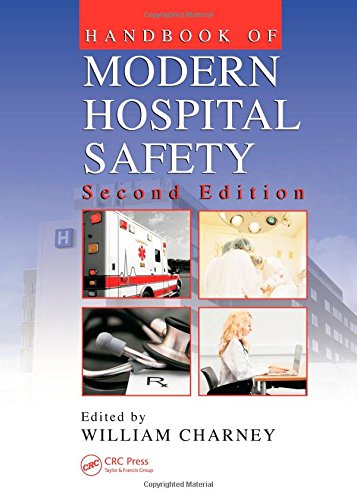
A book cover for Handbook of Modern Hospital Safety, Second Edition; Science & Math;